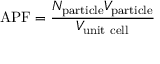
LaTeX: \mathrm { A P F } = { \frac { N _ { \mathrm { p a r t i c l e } } V _ { \mathrm { p a r t i c l e } } } { V _ { \mathrm { u n i t ~ c e l l } } } }